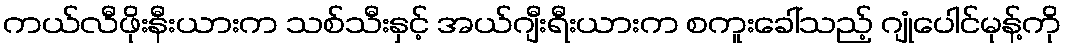
ကယ်လီဖိုးနီးယားက သစ်သီးနှင့် အယ်ဂျီးရီးယားက စကူးခေါ်သည့် ဂျုံပေါင်မုန့်ကို